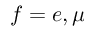
f = e , \mu